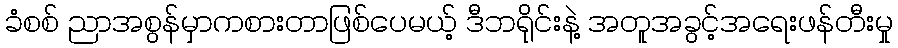
ခံစစ် ညာအစွန်မှာကစားတာဖြစ်ပေမယ့် ဒီဘရိုင်းနဲ့ အတူအခွင့်အရေးဖန်တီးမှု